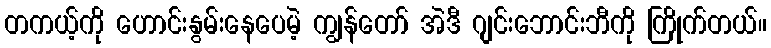
တကယ့်ကို ဟောင်းနွမ်းနေပေမဲ့ ကျွန်တော် အဲဒီ ဂျင်းဘောင်းဘီကို ကြိုက်တယ်။